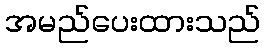
အမည်ပေးထားသည်